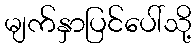
မျက်နှာပြင်ပေါ်သို့